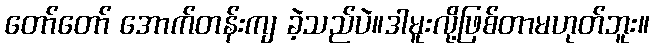
တော်တော် အောက်တန်းကျ ခဲ့သည်ပဲ။ဒါမူးလို့ဖြစ်တာမဟုတ်ဘူး။